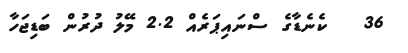
36   ކެނެޑާގެ ސްނައިޕަރެއް 2.2 މޭލު ދުރުން ބަޑިޖަހާ